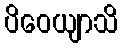
ပိဝေယျာသိ